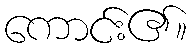
ကောင်း၏။